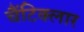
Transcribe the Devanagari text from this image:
चैंटिक्लार